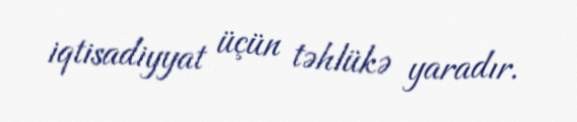
iqtisadiyyat üçün təhlükə yaradır.